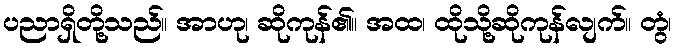
ပညာရှိတို့သည်။ အာဟု၊ ဆိုကုန်၏။ အထ၊ ထိုသို့ဆိုကုန်လျက်။ တွံ၊